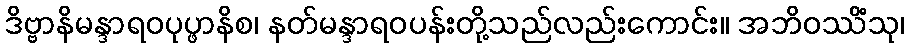
ဒိဗ္ဗာနိမန္ဒာရဝပုပ္ဖာနိစ၊ နတ်မန္ဒာရဝပန်းတို့သည်လည်းကောင်း။ အဘိဝဿိံသု၊